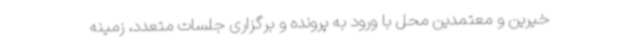
خیرین و معتمدین محل با ورود به پرونده و برگزاری جلسات متعدد، زمینه